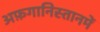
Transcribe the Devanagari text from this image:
अफ़गानिस्तानमें